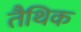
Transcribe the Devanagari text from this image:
तैथिक